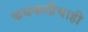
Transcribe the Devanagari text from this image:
कथकलीचाही